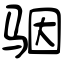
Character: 骃